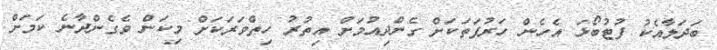
ބަދަލާއެކު ފުޓުބޯޅަ އެހެން ހަރުފަތަކަށް ގެންދިއުމަށް އިތުރު ހިތްވަރަކަށް މިކަން ވެގެންދާނެ ކަމަށް